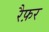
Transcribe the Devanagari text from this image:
रैफ़र